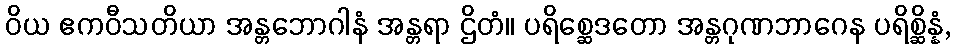
ဝိယ ဧကဝီသတိယာ အန္တဘောဂါနံ အန္တရာ ဌိတံ။ ပရိစ္ဆေဒတော အန္တဂုဏဘာဂေန ပရိစ္ဆိန္နံ,